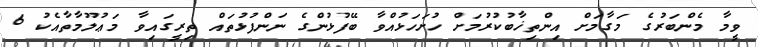
ވީމާ މެންބަރުގެ މަގާމަށް އިންތިޚާބުކުރުމަށް ހުށަހަޅުއްވާ ބޭފުޅުންގެ ނަންފުޅުތައް ތިރީގައިވާ މަޢުލޫމާތާއެކު 6